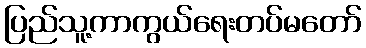
ပြည်သူ့ကာကွယ်ရေးတပ်မတော်